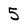
Character: 5